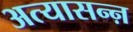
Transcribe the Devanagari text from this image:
अत्यासन्ऩ